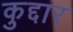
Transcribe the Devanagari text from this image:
कुद्दार